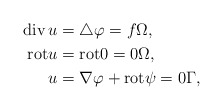
\begin{align*}\mathrm{div}\, u &= \triangle \varphi = f \Omega, \\\mathrm{rot} u &= \mathrm{rot} 0 = 0 \Omega, \\u &= \nabla \varphi + \mathrm{rot} \psi = 0 \Gamma,\end{align*}